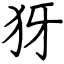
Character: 犽